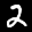
Label: 2